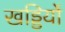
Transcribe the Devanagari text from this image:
खड्डियों